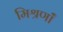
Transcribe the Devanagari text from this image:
मिश्रणॉं